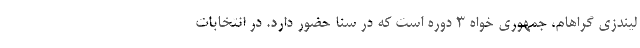
لیندزی گراهام، جمهوری خواه 3 دوره است که در سنا حضور دارد. در انتخابات